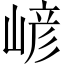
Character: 嵃